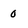
Character: 0